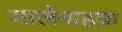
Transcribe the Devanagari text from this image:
मालेनाहक़